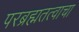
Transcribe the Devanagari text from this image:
परब्रह्मतत्वाचा